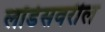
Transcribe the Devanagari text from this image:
लॉर्डसवरील